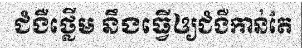
ជំងឺថ្លើម នឹងធ្វើឲ្យជំងឺកាន់តែ